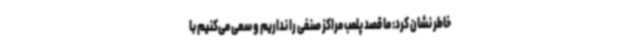
خاطر نشان کرد: ما قصد پلمب مراکز صنفی را نداریم و سعی می‌کنیم با